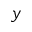
y